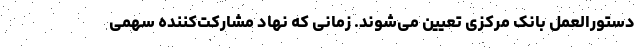
دستورالعمل بانک مرکزی تعیین می‌شوند. زمانی که نهاد مشارکت‌کننده سهمی